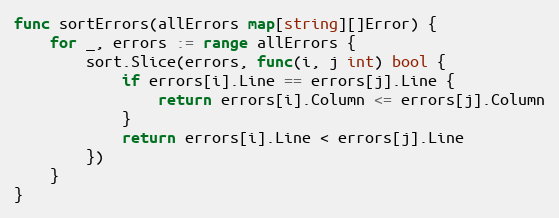
Language: Go
func sortErrors(allErrors map[string][]Error) {
	for _, errors := range allErrors {
		sort.Slice(errors, func(i, j int) bool {
			if errors[i].Line == errors[j].Line {
				return errors[i].Column <= errors[j].Column
			}
			return errors[i].Line < errors[j].Line
		})
	}
}